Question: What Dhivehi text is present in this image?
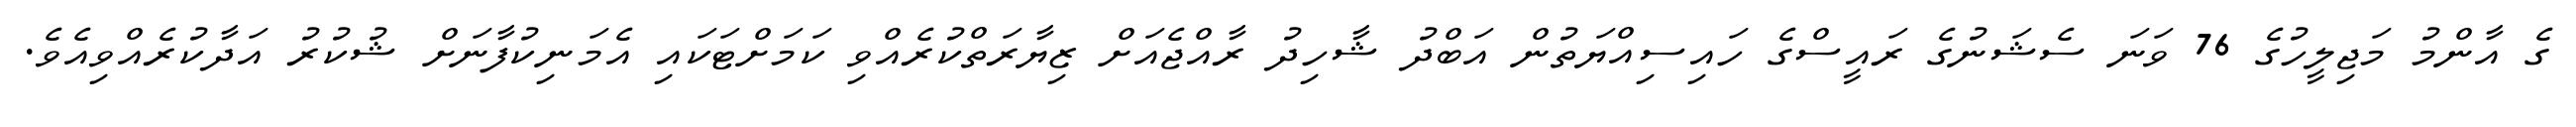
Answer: ގެ އާންމު މަޖިލީހުގެ 76 ވަނަ ސެޝަނުގެ ރައީސްގެ ހައިސިއްޔަތުން އަބްދު ޝާހިދު ރާއްޖެއަށް ޒިޔާރަތްކުރެއްވި ކަމަށްޓަކައި އެމަނިކުފާނަށް ޝުކުރު އަދާކުރެއްވިއެވެ.